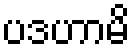
ပဒဟာမိ